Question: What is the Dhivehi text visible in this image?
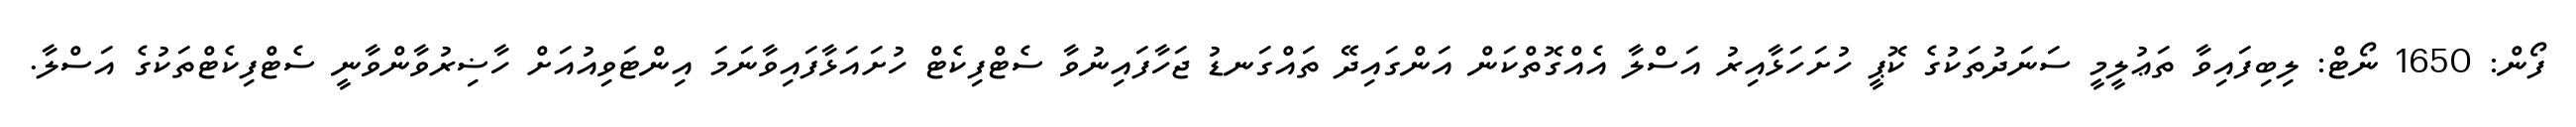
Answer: ފޯން: 1650 ނޯޓް: ލިބިފައިވާ ތަޢުލީމީ ސަނަދުތަކުގެ ކޮޕީ ހުށަހަޅާއިރު އަސްލާ އެއްގޮތްކަން އަންގައިދޭ ތައްގަނޑު ޖަހާފައިނުވާ ސެޓްފިކެޓް ހުށައަޅާފައިވާނަމަ އިންޓަވިއުއަށް ހާޟިރުވާންވާނީ ސެޓްފިކެޓްތަކުގެ އަސްލާ.